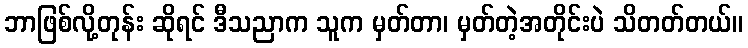
ဘာဖြစ်လို့တုန်း ဆိုရင် ဒီသညာက သူက မှတ်တာ၊ မှတ်တဲ့အတိုင်းပဲ သိတတ်တယ်။